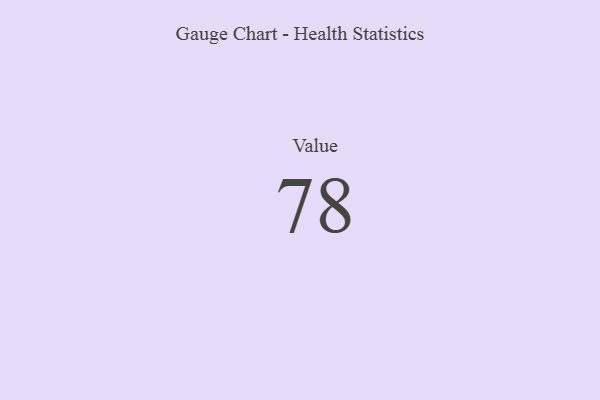
{"axis": {"x": "Metric", "y": "Value"}, "legend": [""], "data": [{"x": "Value", "y": 78, "type": ""}]}